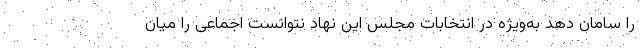
را سامان دهد به‌ویژه در انتخابات مجلس این نهاد نتوانست اجماعی را میان